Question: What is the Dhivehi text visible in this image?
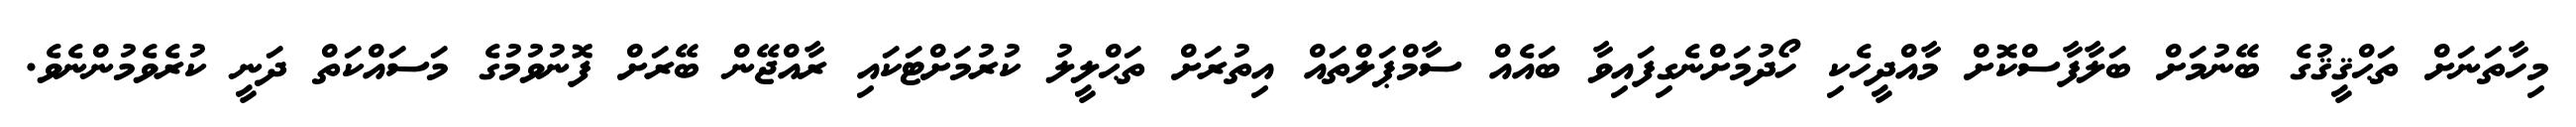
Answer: މިހާތަނަށް ތަޙްޤީޤުގެ ބޭނުމަށް ބަލާފާސްކޮށް މާއްދީހެކި ހޯދުމަށްނެގިފައިވާ ބައެއް ސާމްޕަލްތައް އިތުރަށް ތަޙްލީލު ކުރުމަށްޓަކައި ރާއްޖޭން ބޭރަށް ފޮނުވުމުގެ މަސައްކަތް ދަނީ ކުރެވެމުންނެވެ.